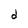
Character: d